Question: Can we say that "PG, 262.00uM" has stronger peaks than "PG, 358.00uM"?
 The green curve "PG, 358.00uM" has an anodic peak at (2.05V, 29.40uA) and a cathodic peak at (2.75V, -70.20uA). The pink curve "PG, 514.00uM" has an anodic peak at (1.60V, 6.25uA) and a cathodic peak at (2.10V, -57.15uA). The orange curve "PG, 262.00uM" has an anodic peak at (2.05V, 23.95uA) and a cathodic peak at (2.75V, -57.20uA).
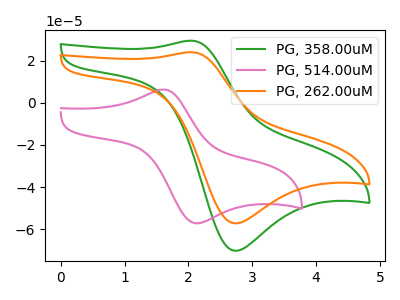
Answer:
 <answer>Every peak in "PG, 262.00uM" is lower than every peak in "PG, 358.00uM".</answer>
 <eval>lower</eval>